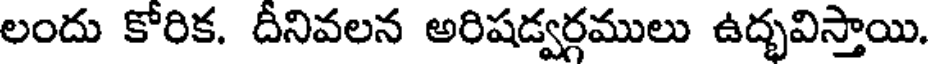
లందు కోరిక. దీనివలన అరిషడ్వర్గములు ఉద్భవిస్తాయి.